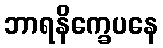
ဘာရနိက္ခေပနေ